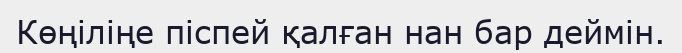
Көңіліңе піспей қалған нан бар деймін.